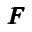
{ \pmb F }